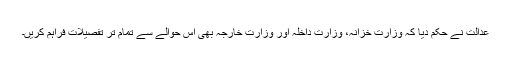
عدالت نے حکم دیا کہ وزارت خزانہ، وزارت داخلہ اور وزارت خارجہ بھی اس حوالے سے تمام تر تفصیلات فراہم کریں۔